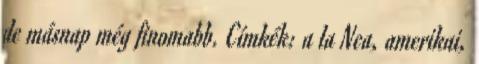
de másnap még finomabb. Címkék: a la Nea, amerikai,